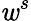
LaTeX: \mathit{w}^{s}